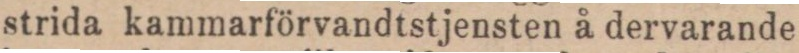
strida kammarförvandtstjensten å dervarande